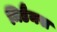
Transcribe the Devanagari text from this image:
मिडैमस